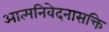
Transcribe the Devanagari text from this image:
आत्मनिवेदनासक्ति